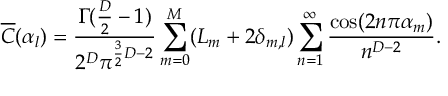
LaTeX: \overline { { { C } } } ( \alpha _ { l } ) = \frac { \Gamma ( \frac { D } { 2 } - 1 ) } { 2 ^ { D } \pi ^ { \frac { 3 } { 2 } D - 2 } } \sum _ { m = 0 } ^ { M } ( L _ { m } + 2 \delta _ { m , l } ) \sum _ { n = 1 } ^ { \infty } \frac { \cos ( 2 n \pi \alpha _ { m } ) } { n ^ { D - 2 } } .